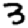
Digit: 3